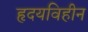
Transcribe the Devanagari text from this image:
हृदयविहीन